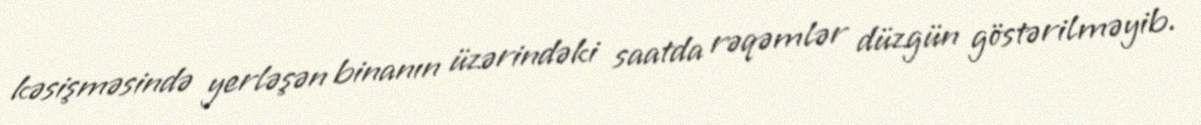
kəsişməsində yerləşən binanın üzərindəki saatda rəqəmlər düzgün göstərilməyib.